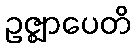
ဥဇ္ဈာပေတိ